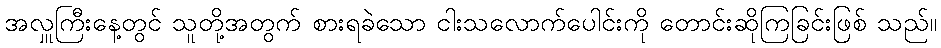
အလှူကြီးနေ့တွင် သူတို့အတွက် စားရခဲသော ငါးသလောက်ပေါင်းကို တောင်းဆိုကြခြင်းဖြစ် သည်။